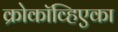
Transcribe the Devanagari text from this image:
क्रोकॉव्हिएका